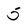
Character: 5